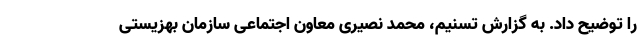
را توضیح داد. به گزارش تسنیم، محمد نصیری معاون اجتماعی سازمان بهزیستی